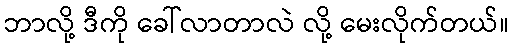
ဘာလို့ ဒီကို ခေါ်လာတာလဲ လို့ မေးလိုက်တယ်။